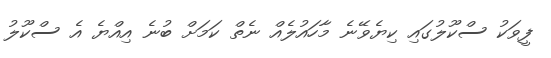
ފީވަކު ސްކޫލުގައި ކިޔެވޭނެ މާހައުލެއް ނެތް ކަމަށް ބުނެ އިއްޔެ އެ ސްކޫލު